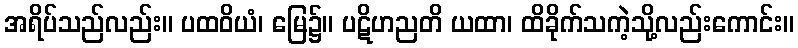
အရိပ်သည်လည်း။ ပထဝိယံ၊ မြေ၌။ ပဋိဟညတိ ယထာ၊ ထိခိုက်သကဲ့သို့လည်းကောင်း။